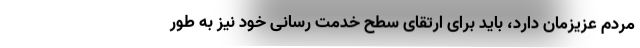
مردم عزیزمان دارد، باید برای ارتقای سطح خدمت رسانی خود نیز به طور